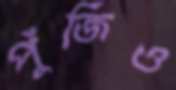
পুঁজিও